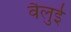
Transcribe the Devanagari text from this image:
वैलुई